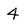
Character: 4